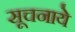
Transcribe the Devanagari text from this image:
सूचनाये